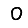
Digit: 0